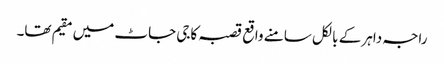
راجہ داہر کے بالکل سامنے واقع قصبہ کاجی جاٹ میں مقیم تھا۔